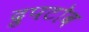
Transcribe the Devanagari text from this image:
द्रुपटोब